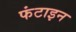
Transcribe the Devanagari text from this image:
फंटाइन